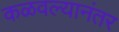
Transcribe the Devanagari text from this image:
कळवल्यानंतर